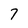
Character: 7